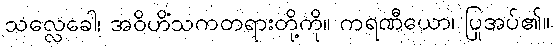
သလ္လေခေါ၊ အဝိဟိံသကတရားတို့ကို။ ကရဏီယော၊ ပြုအပ်၏။